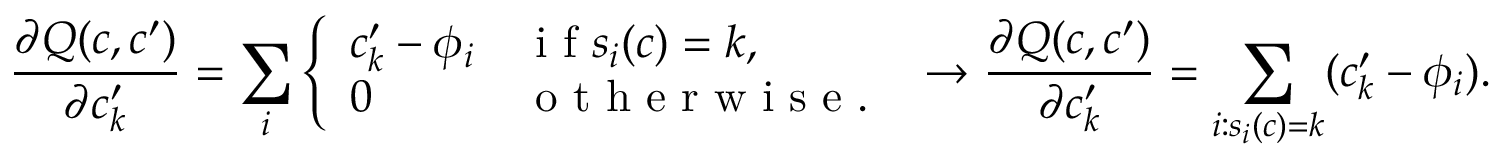
\frac { \partial Q ( c , c ^ { \prime } ) } { \partial c _ { k } ^ { \prime } } = \sum _ { i } \left\{ \begin{array} { l l } { c _ { k } ^ { \prime } - \phi _ { i } } & { \mathrm { ~ i ~ f ~ } s _ { i } ( c ) = k , } \\ { 0 } & { \mathrm { ~ o ~ t ~ h ~ e ~ r ~ w ~ i ~ s ~ e ~ . ~ } } \end{array} \right. \rightarrow \frac { \partial Q ( c , c ^ { \prime } ) } { \partial c _ { k } ^ { \prime } } = \sum _ { i : s _ { i } ( c ) = k } ( c _ { k } ^ { \prime } - \phi _ { i } ) .